Report of the Municipal Commissioner on the plague in Bombay for the year ending 31st May... - Volume 2
Disease focus: Plague
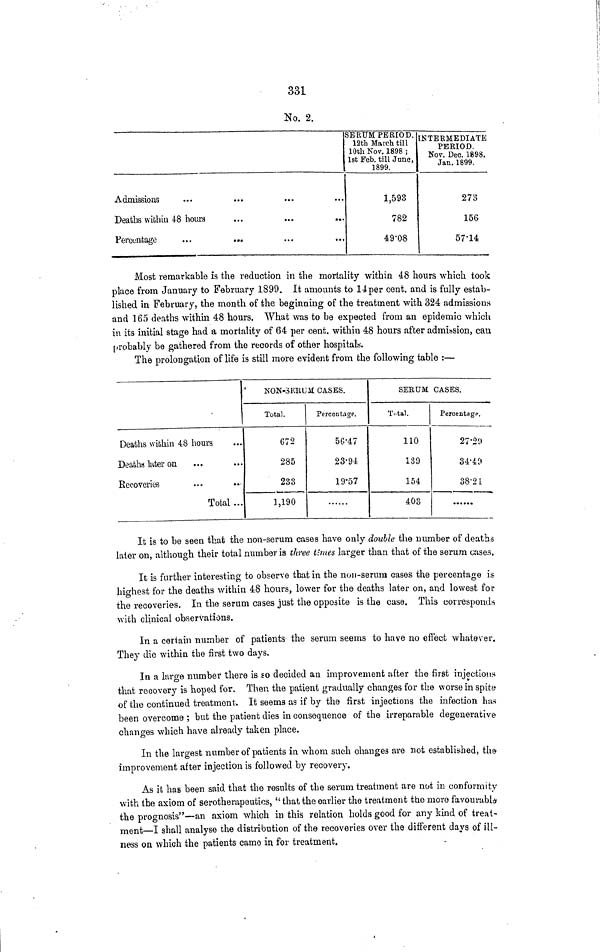
331
No. 2.
Admissions
...
...
Deaths within 48 hours
Percentage
SERUM PERIOD.
12th March till
10th Nov. 1898 ;
1st Feb. till June,
1899.
1,593
782
49.08
INTERMEDIATE
PERIOD.
Nov. Dec. 1898.
Jan.1899.
273
156
57.14
Most remarkable is the reduction in the mortality within 48 hours which took
place from January to February 1899. It amounts to 14per cent. and is fully estab-
lished in February, the month of the beginning of the treatment with 324 admissions
and 165 deaths within 48 hours. What was to be expected from an epidemic which
in its initial stage had a mortality of 64 per cent. within 48 hours after admission, can
probably be gathered from the records of other hospitals.
The prolongation of life is still more evident from the following table :—
Deaths within 48 hours
Deaths later on
Recoveries
Total ...
NON-SERUM: CASES.
Total.
672
285
233
1,190
Percentage.
56.47
23.94
19.57
SERUM CASES.
Total.
110
139
154
403
Percentage.
27.29
34.49
38.21
It is to be seen that the non-serum cases have only double the number of deaths
later on, although their total number is three times larger than that of the serum cases.
It is further interesting to observe that in the non-serum cases the percentage is
highest for the deaths within 48 hours, lower for the deaths later on, and lowest for
the recoveries. In the serum cases just the opposite is the case. This corresponds
with clinical observations.
In a certain number of patients the serum seems to have no effect whatever.
They die within the first two days.
In a large number there is so decided an improvement after the first injections
that recovery is hoped for. Then the patient gradually changes for the worse in spite
of the continued treatment. It seems as if by the first injections the infection has
been overcome ; but the patient dies in consequence of the irreparable degenerative
changes which have already taken place.
In the largest number of patients in whom such change3 are not established, the
improvement after injection is followed by recovery.
As it has been said that the results of the serum treatment are not in conformity
with the axiom of serotherapeutics, "that the earlier the treatment the more favourable
the prognosis"—an axiom which in this relation holds good for any kind of treat-
ment—I shall analyse the distribution of the recoveries over the different days of ill-
ness on which the patients came in for treatment.